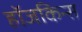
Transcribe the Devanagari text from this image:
हॉजकिन्स